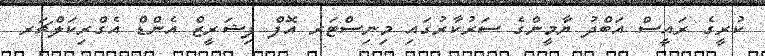
ކުރީގެ ރައީސް އަބްދު ޔާމީންގެ ސަރުކާރުގައި މިނިސްޓަރ އޮފް ފިޝަރީޒް އެންޑް އެގްރިކަލްޗަރ